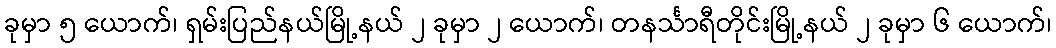
ခုမှာ ၅ ယောက်၊ ရှမ်းပြည်နယ်မြို့နယ် ၂ ခုမှာ ၂ ယောက်၊ တနင်္သာရီတိုင်းမြို့နယ် ၂ ခုမှာ ၆ ယောက်၊